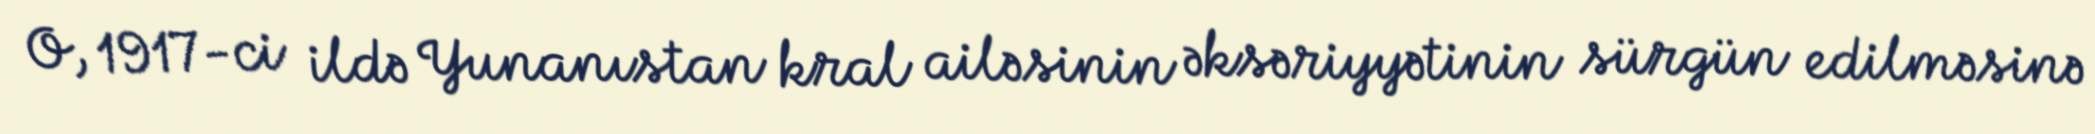
O, 1917-ci ildə Yunanıstan kral ailəsinin əksəriyyətinin sürgün edilməsinə